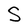
Character: S